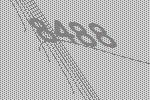
8488